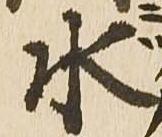
水